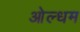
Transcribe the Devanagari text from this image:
ओल्धम